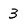
Character: 3